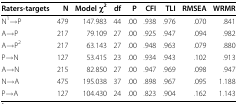
<table><thead><tr><td><b>Raters-targets</b></td><td><b>N</b></td><td><b>Model χ<sup>2</sup></b></td><td><b>df</b></td><td><b>P</b></td><td><b>CFI</b></td><td><b>TLI</b></td><td><b>RMSEA</b></td><td><b>WRMR</b></td></tr></thead><tbody><tr><td>N<sup>1</sup>→P</td><td>479</td><td>147.983</td><td>44</td><td>.00</td><td>.938</td><td>.976</td><td>.070</td><td>.841</td></tr><tr><td>A→P</td><td>217</td><td>79.109</td><td>27</td><td>.00</td><td>.925</td><td>.947</td><td>.094</td><td>.982</td></tr><tr><td>A→P<sup>2</sup></td><td>217</td><td>63.143</td><td>27</td><td>.00</td><td>.948</td><td>.963</td><td>.079</td><td>.880</td></tr><tr><td>P→N</td><td>127</td><td>53.415</td><td>23</td><td>.00</td><td>.934</td><td>.943</td><td>.102</td><td>.913</td></tr><tr><td>A→N</td><td>215</td><td>82.850</td><td>27</td><td>.00</td><td>.947</td><td>.969</td><td>.098</td><td>.947</td></tr><tr><td>N→A</td><td>475</td><td>195.038</td><td>37</td><td>.00</td><td>.898</td><td>.967</td><td>.095</td><td>1.188</td></tr><tr><td>P→A</td><td>127</td><td>104.430</td><td>24</td><td>.00</td><td>.823</td><td>.904</td><td>.162</td><td>1.143</td></tr></tbody></table>